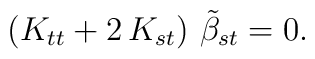
\left( K_{tt} + 2\,K_{st}\right)\,{\tilde\beta}_{st}=0.